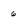
Character: 6